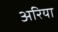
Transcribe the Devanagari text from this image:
अरिया